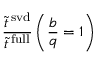
\frac { \tilde { t } ^ { \mathrm { \, s v d } } } { \tilde { t } ^ { \mathrm { \, f u l l } } } \left( \frac { b } { q } = 1 \right)